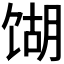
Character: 𫗫